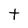
Character: t